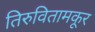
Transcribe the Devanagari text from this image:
तिरुवितामकूर